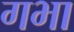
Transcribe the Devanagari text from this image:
गभा